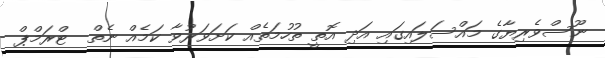
ނޫސްވެރިޔާގެ މައްސަލައިގައި އަދި އޮތީ ތުހުމަތެއް ކަށަވަރުވާ ކަމެއް ނެތް  ޓްރަމްޕް